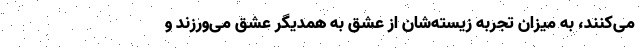
می‌کنند، به میزان تجربه زیسته‌شان از عشق به همدیگر عشق می‌ورزند و